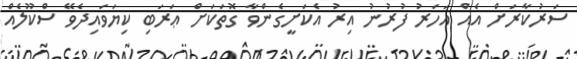
ސަރުކާރަށް އެއް އަހަރު ފުރުނު އިރު އެކަށީގެންވާ ގޮތަކަށް ޢަރަބި ކިޔަވައިދެވޭ ސްކޫލެއް